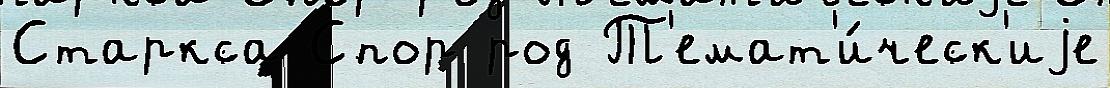
Старкса Спор род Т'емат'и́ческ'иjе